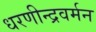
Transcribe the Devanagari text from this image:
धरणीन्द्रवर्मन